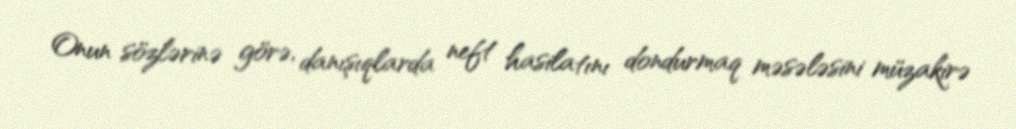
Onun sözlərinə görə, danışıqlarda neft hasilatını dondurmaq məsələsini müzakirə